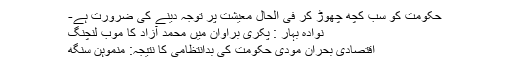
حکومت کو سب کچھ چھوڑ کر فی الحال معیشت پر توجہ دینے کی ضرورت ہے-
نوادہ بہار : پکری براوان میں محمد آزاد کا موب لنچنگ
اقتصادی بحران مودی حکومت کی بدانتظامی کا نتیجہ: منموہن سنگھ